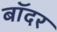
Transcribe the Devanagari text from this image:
बॉदर